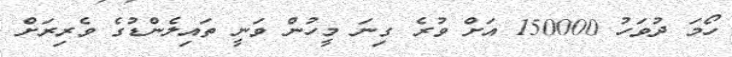
ހޯމަ ދުވަހު 150000 އަށް ވުރެ ގިނަ މީހުން ވަނީ ތައިލެންޑުގެ ވެރިރަށް